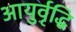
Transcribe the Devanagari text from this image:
आयुर्वृद्धि